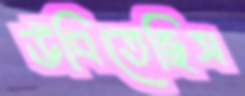
উবিতেছিস